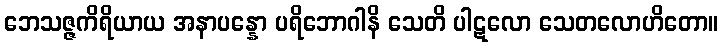
ဘေသဇ္ဇကိရိယာယ အနာပန္နော ပရိဘောဂါနိ သေတိ ပါဋလော သေတလောဟိတော။